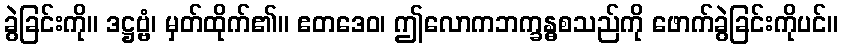
ခွဲခြင်းကို။ ဒဋ္ဌဗ္ဗံ၊ မှတ်ထိုက်၏။ ဧတဒေဝ၊ ဤလောကဘက္ခန္ဓစသည်ကို ဖောက်ခွဲခြင်းကိုပင်။